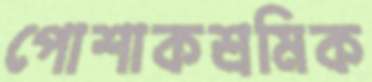
পোশাকশ্রমিক